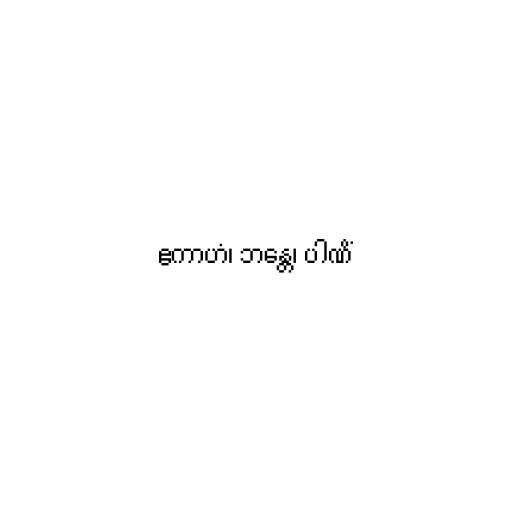
ဧကာဟံ၊ ဘန္တေ၊ ပါဏိံ